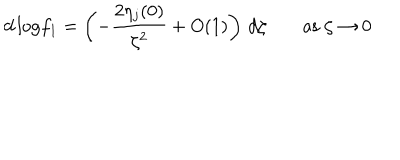
LaTeX: d \, \mathrm { l o g } f _ { 1 } = \left( - \frac { 2 \eta _ { j } ( 0 ) } { \zeta ^ { 2 } } + O ( 1 ) \right) \, d \zeta \; \mathrm { a s } \; \zeta \rightarrow 0